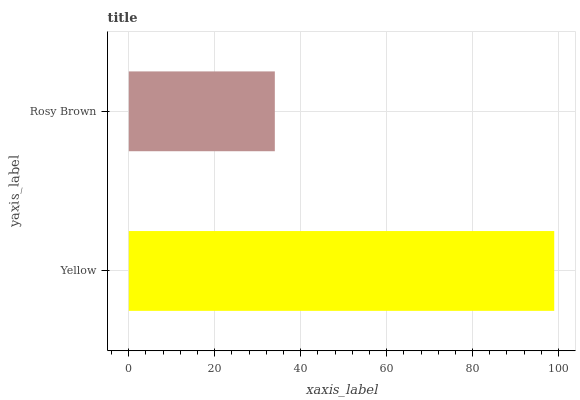
| yaxis_label | bars |
 | --- | --- |
 | Yellow | 99 |
 | Rosy Brown | 34 |